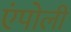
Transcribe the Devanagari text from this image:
एंपोली